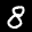
Label: 8